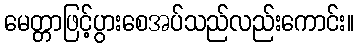
မေတ္တာဖြင့်ပွားစေအပ်သည်လည်းကောင်း။